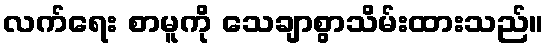
လက်ရေး စာမူကို သေချာစွာသိမ်းထားသည်။